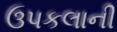
ઉપકલાની